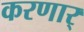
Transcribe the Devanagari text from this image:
करणार्